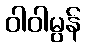
ဝါဝါမွန်